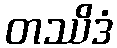
တဿိဒံ